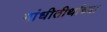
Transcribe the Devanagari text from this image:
गांधीतीर्थाच्या